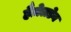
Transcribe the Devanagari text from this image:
हैज़ेलडेन